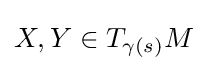
X,Y\in T_{\gamma (s)}M